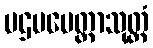
ပဌမမေတ္တာသုတ္တံ